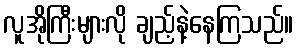
လူအိုကြီးများလို ချည့်နဲ့နေကြသည်။